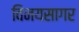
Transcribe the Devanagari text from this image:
विनयसागर